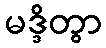
မဒ္ဒိတွာ